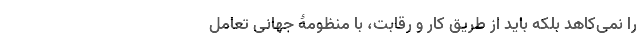
را نمی­کاهد بلکه باید از طریقِ کار و رقابت، با منظومۀ جهانی تعامل